Vabadussoja_Ajaloo_Komitee, lk 56
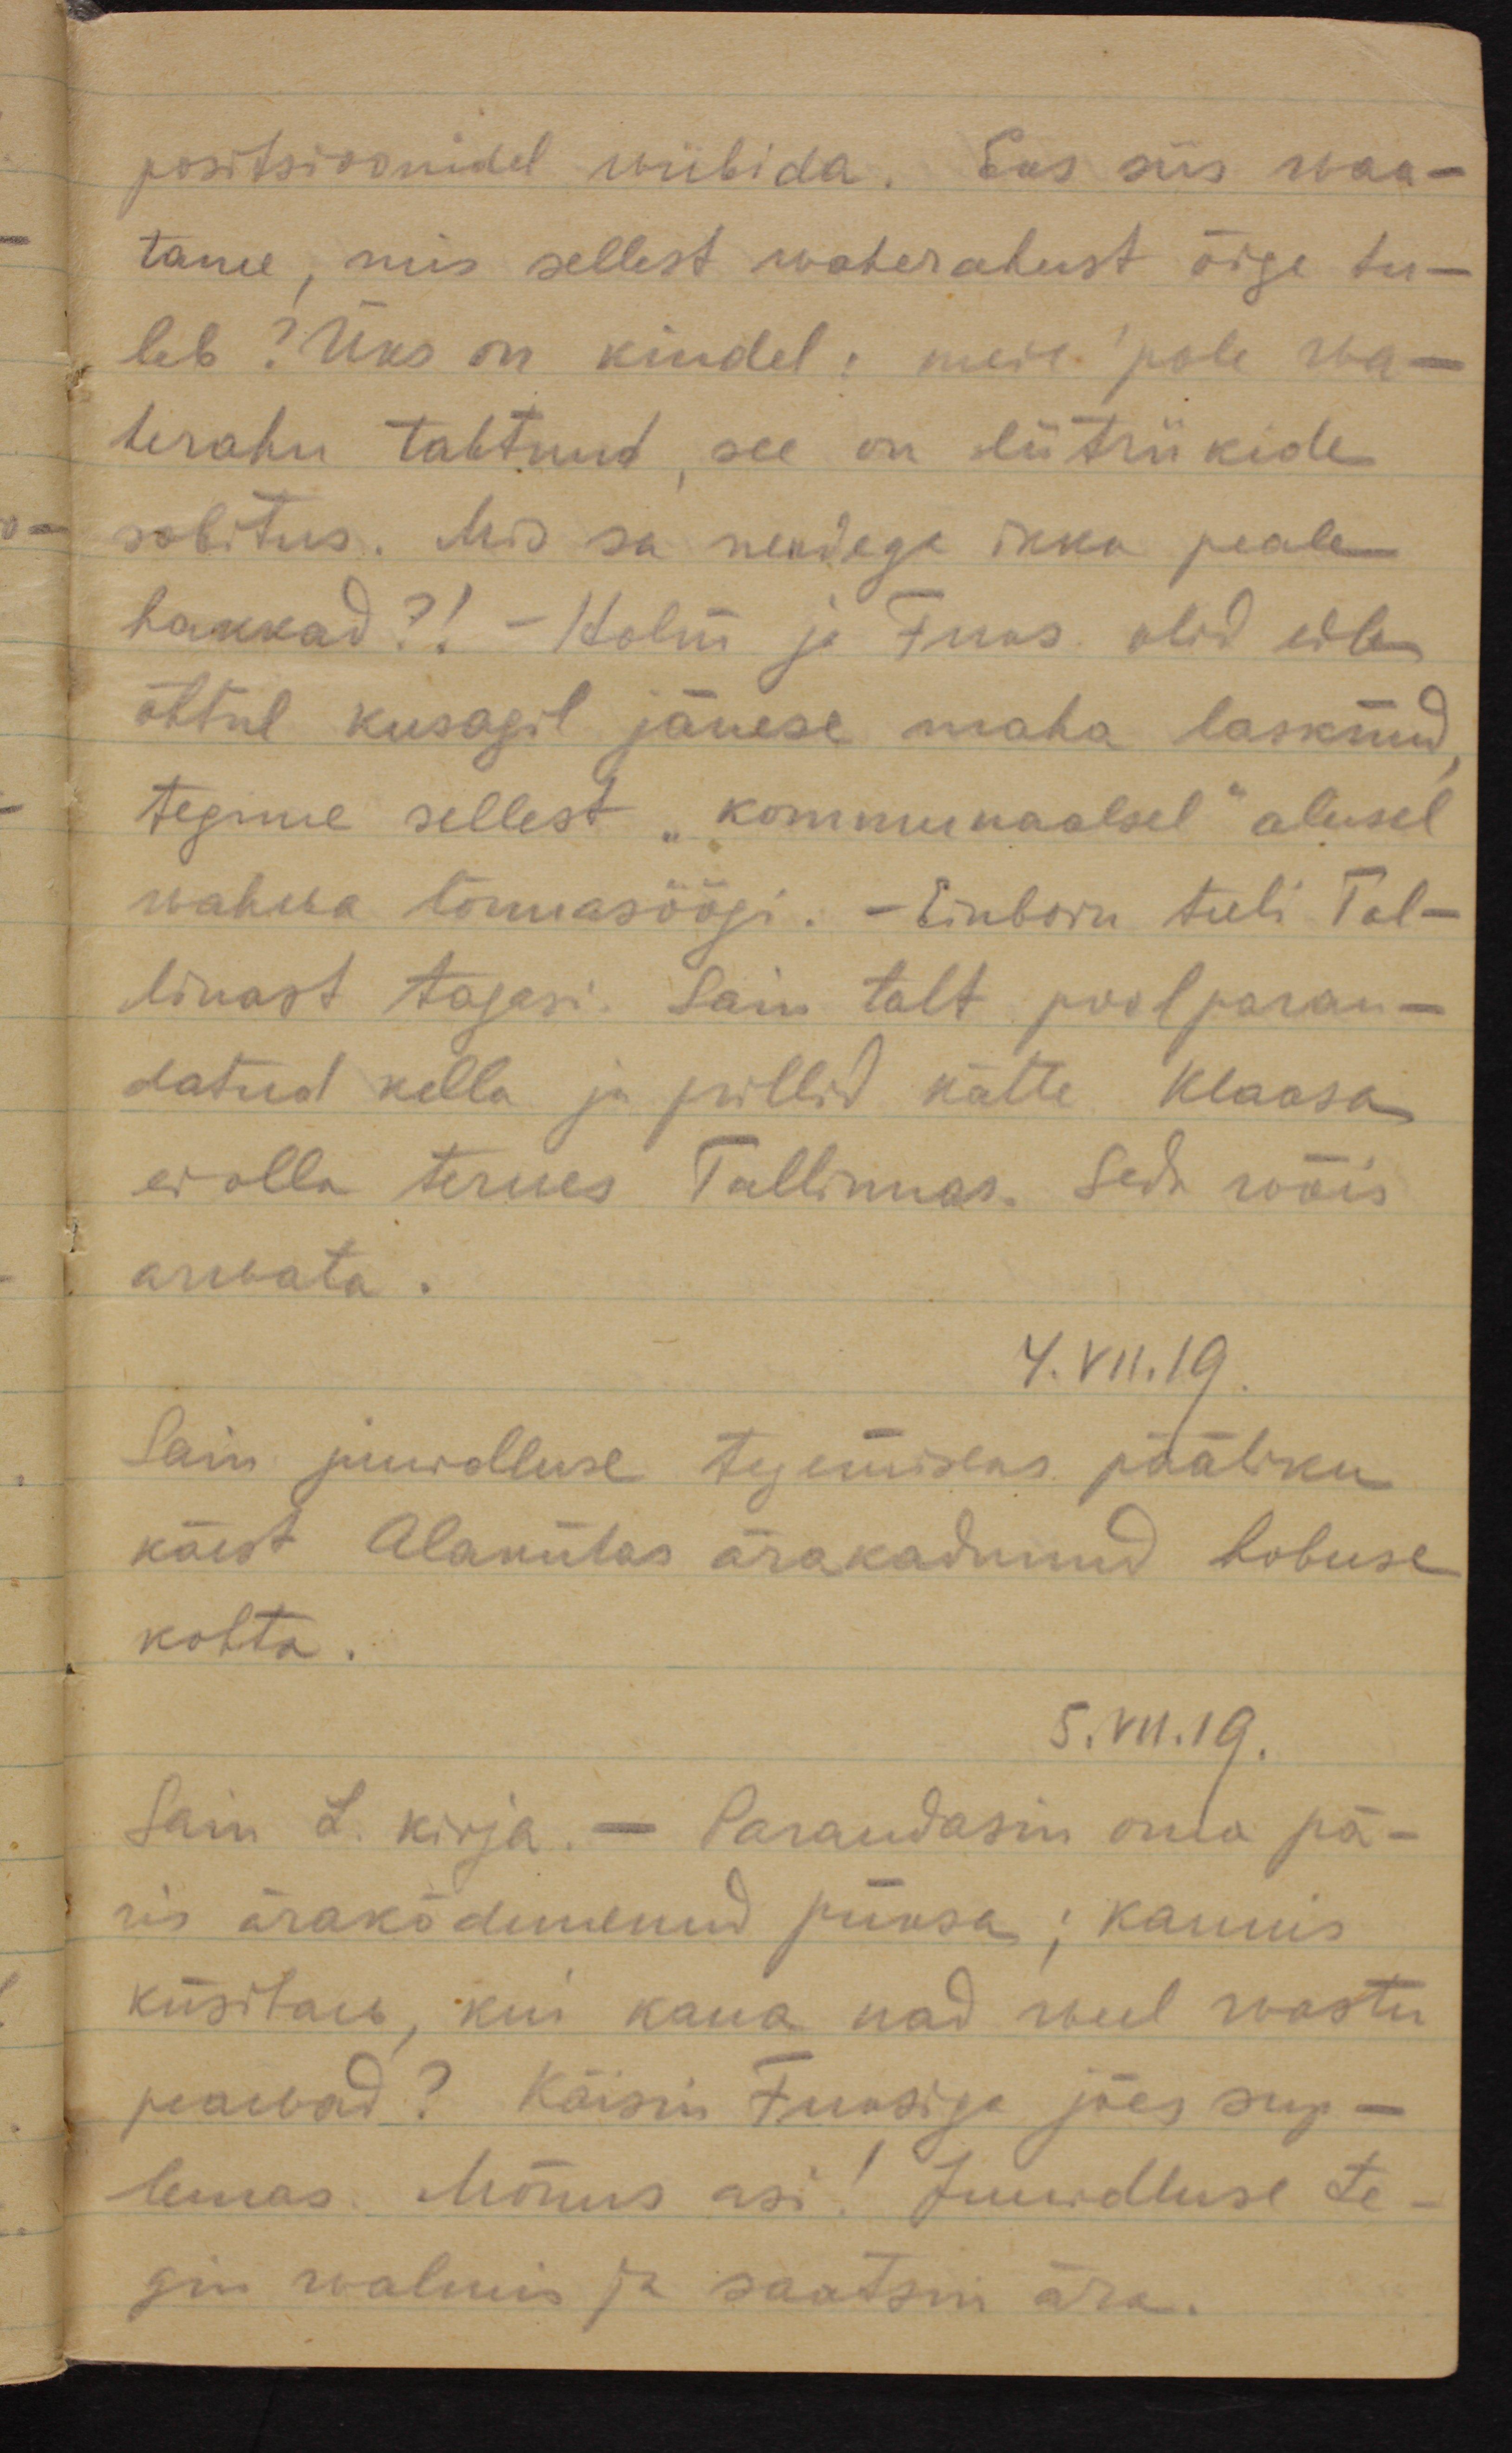
positsioonidel wiibida. Eks siis waa-
tame, mis sellest waherahust õige tu-
leb? Üks on kindel: meie pole wa-
herahu tahtnud, see on liitriikide
sobitus. Mis sa nendega ikka peale
hakkad?! - Holm ja Fuks olid eila
õhtul kusagil jänese maha lasknud, 
tegime sellest "kommunaalsel" alusel
wahwa lõunasöögi. - Einborn tuli Tal-
linast tagasi. Sain talt poolparan-
datud kella ja prillid kätte. Klaasa
ei olla terwes Tallinnas. Seda wõis
arwata.
4.VII.19.
Sain juurdluse tegemiseks pääliku
käest Alakülas ärakadunud hobuse
kohta.
5.VII.19.
Sain L. kirja. - Parandasin oma pä-
ris ärakõdunenud püksa; kaunis
küsitaw, kui kaua nad weel wastu 
peawad? Käisin Franziga jões sup-
lemas. Mõnus asi! Juurdluse te-
gin walmis ja saatsin ära.